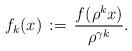
LaTeX: \begin{align*}f_k(x)\,:=\,\frac{f(\rho^kx)}{\rho^{\gamma k}}.\end{align*}